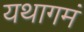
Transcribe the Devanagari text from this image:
यथागमं